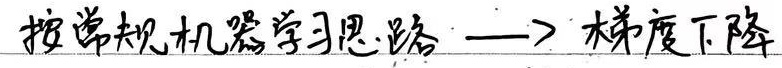
按常规机器学习思路$\longrightarrow$梯度下降